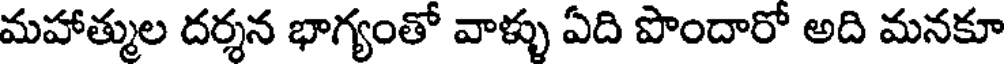
మహాత్ముల దర్శన భాగ్యంతో వాళ్ళు ఏది పొందారో అది మనకూ